Vaccination in Burma 1920-1933 - 1920-1933
Year: 1920
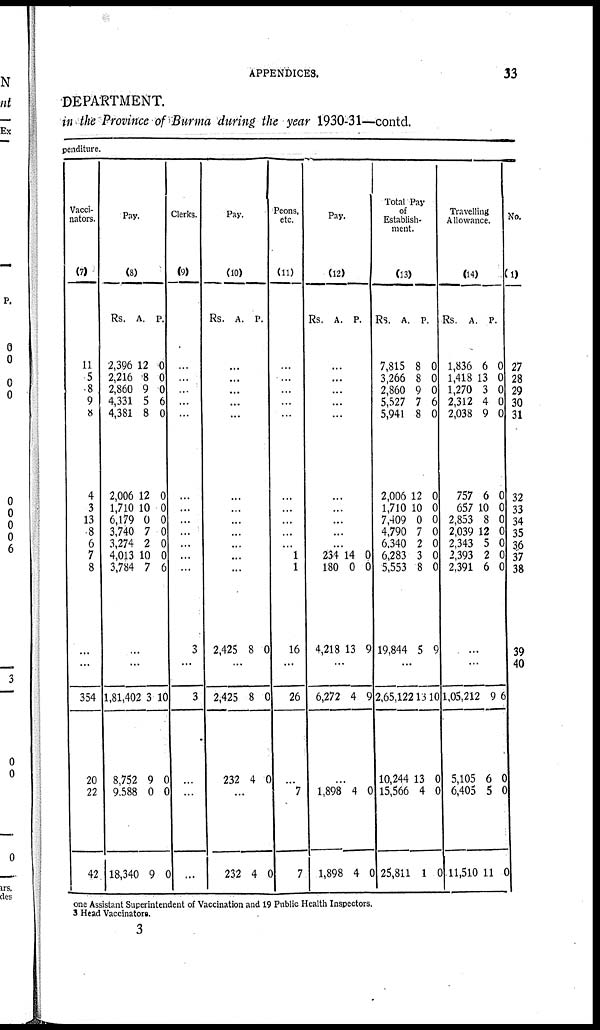
APPENDICES.
33
DEPARTMENT.
in the Province of Burma during the year 1930-31—contd.
penditure.
Vacci-
nators.
(7)
11
5
8
9
8
4
3
13
8
6
7
8
...
...
354
20
22
42
Pay.
(8)
Rs.
2,396
2,216
2,860
4,331
4,381
2,006
1,710
6,179
3,740
3,274
4,013
3,784
A.
12
8
9
5
8
12
10
0
7
2
10
7
P.
0
0
0
6
0
0
0
0
0
0
0
6
...
...
1,81,402
8,752
9,588
18,340
3
9
0
9
10
0
0
0
Clerks.
(9)
...
...
...
...
...
...
...
...
...
...
...
...
3
...
3
...
...
...
Pay.
(10)
Rs.
A. P.
...
...
...
...
...
...
...
...
...
...
...
...
2,425 8 0
...
2,425
232
8
4
0
0
...
232 4 0
Peons,
etc.
(11)
...
...
...
...
...
...
...
...
...
...
1
1
16
...
26
...
7
7
Pay.
(12)
Rs.
A.
P.
...
...
...
...
...
...
...
...
...
...
234
180
4,218
14
0
13
0
0
9
...
6,272 4 9
...
1,898
1,898
4
4
0
0
Total Pay
of
Establish-
ment.
(13)
Rs.
7,815
3,266
2,860
5,527
5,941
2,006
1,710
7,409
4,790
6,340
6,283
5,553
19,844
A.
8
8
9
7
8
12
10
0
7
2
3
8
5
P.
0
0
0
6
0
0
0
0
0
0
0
0
9
...
2,65,122
10,244
15,566
25,811
13
13
4
1
10
0
0
0
Travelling
Allowance.
(14)
Rs.
1,836
1,418
1,270
2,312
2,038
757
657
2,853
2,039
2,343
2,393
2,391
A.
6
13
3
4
9
6
10 8
12
5
2
6
P.
0
0
0
0
0
0
0
0
0
0
0
0
...
...
1,05,212
5,105
6,405
11,510
9
6
5
11
6
0
0
0
No.
(1)
27
28
29
30
31
32
33
34
35
36
37
38
39
40
one Assistant Superintendent of Vaccination and 19 Public Health Inspectors.
3 Head Vaccinators.
3